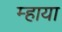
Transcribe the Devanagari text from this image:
म्हाया